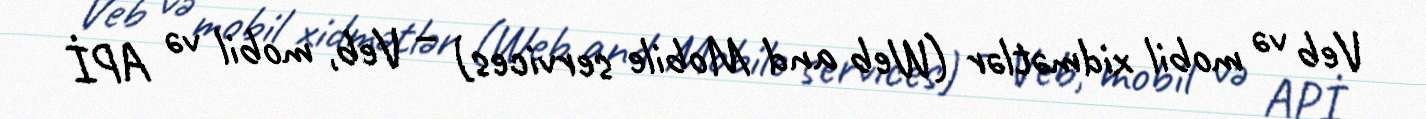
Veb və mobil xidmətlər (Web and Mobile services) – Veb, mobil və APİ